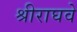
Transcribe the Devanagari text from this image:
श्रीराघवे